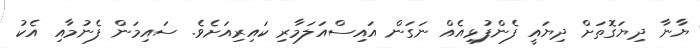
ޔާނާ ދިޔަގޮތަށް ދިޔައީ ފެންފުޅިއެއް ނަގަން އައިސްއަލަމާރި ކައިރިއަށެވެ. ސައިމަން ފެނުމާއި އެކު